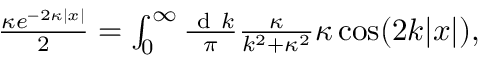
\begin{array} { r } { \frac { \kappa e ^ { - 2 \kappa | x | } } { 2 } = \int _ { 0 } ^ { \infty } \frac { \ensuremath { \mathrm { ~ d ~ } } k } { \pi } \frac { \kappa } { k ^ { 2 } + \kappa ^ { 2 } } \kappa \cos ( 2 k | x | ) , } \end{array}